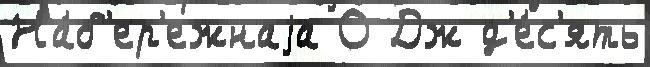
На́б'ер'ежнаjа О Дж д'е́с'ять